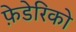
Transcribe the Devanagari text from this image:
फ़ेडेरिको